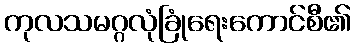
ကုလသမဂ္ဂလုံခြုံရေးကောင်စီ၏